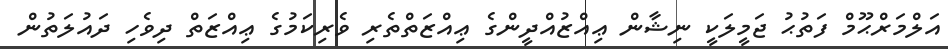
އަލްމަރްޙޫމް ފަތުޙު ޖަމީލަކީ ނިޝާން ޢިއްޒުއްދީންގެ ޢިއްޒަތްތެރި ވެރިކަމުގެ ޢިއްޒަތް ދިވެހި ދައުލަތުން